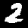
Digit: 2